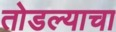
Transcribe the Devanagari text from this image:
तोडल्याचा